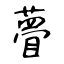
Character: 瞢